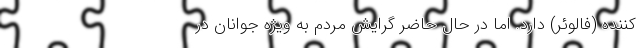
کننده (فالوئر) دارد. اما در حال حاضر گرایش مردم به ویژه جوانان در